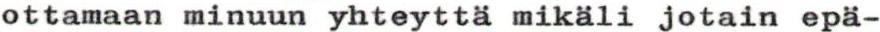
ottamaan minuun yhteyttä mikäli jotain epä-